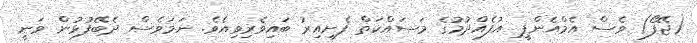
(ޖޭފޯ) ވެސް އެމްއެންޕީ އުފެއްދުމުގެ މަސައްކަތް ފެށިއިރު ބައިވެރިވިއެވެ. ނަމަވެސް ދެބޭފުޅުން ވަނީ